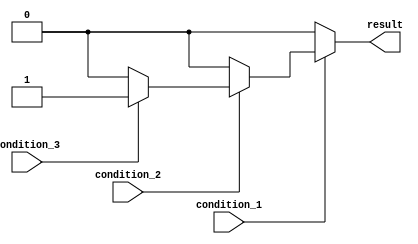
module nested_if_else(
    input wire condition_1,
    input wire condition_2,
    input wire condition_3,
    output reg result
);

always @(*) begin
    if (condition_1) begin
        if (condition_2) begin
            if (condition_3) begin
                result = 1;
            end else begin
                result = 0;
            end
        end else begin
            result = 0;
        end
    end else begin
        result = 0;
    end
end

endmodule